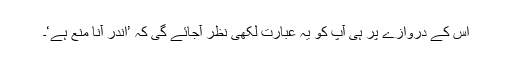
اس کے دروازے پر ہی آپ کو یہ عبارت لکھی نظر آجائے گی کہ ’اندر آنا منع ہے‘۔